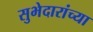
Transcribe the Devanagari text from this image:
सुभेदारांच्या